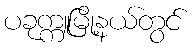
ပခုက္ကူမြို့နယ်တွင်